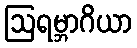
ဩရမ္ဘာဂိယာ